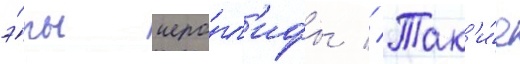
э́ры иеро́гл'ифы // Так'и́е